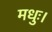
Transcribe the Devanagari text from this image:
मधुः।